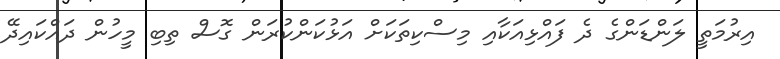
އިރުމަތީ ލަންޑަންގެ ދެ ފައްޅިއަކާއި މިސްކިތަކަށް އަޅުކަންކުރަން ގޮސް ތިބި މީހުން ދައްކައިދޭ